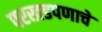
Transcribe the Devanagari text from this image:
परखडपणाचे